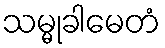
သမ္မုခါမေတံ